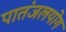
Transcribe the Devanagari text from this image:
पातंजलयोग